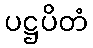
ပဋ္ဌပိတံ